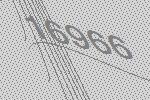
16966